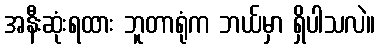
အနီးဆုံးရထား ဘူတာရုံက ဘယ်မှာ ရှိပါသလဲ။